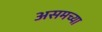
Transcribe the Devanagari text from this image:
असमच्या